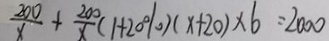
\frac { 2 0 0 } { x } + \frac { 2 0 0 } { x } ( 1 + 2 0 \% ) ( x + 2 0 ) \times 6 = 2 0 0 0